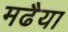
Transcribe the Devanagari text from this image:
मढैया